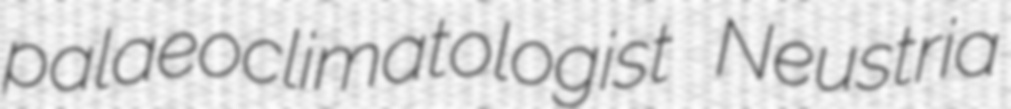
palaeoclimatologist Neustria